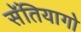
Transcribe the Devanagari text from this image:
सॅंतियागो